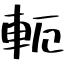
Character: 軛